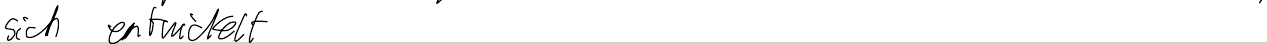
sich entwickelt